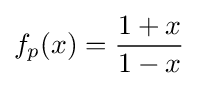
f_{p}(x)={\frac {1+x}{1-x}}